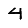
Digit: 4